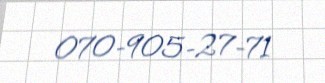
070-905-27-71